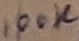
Text: 100K